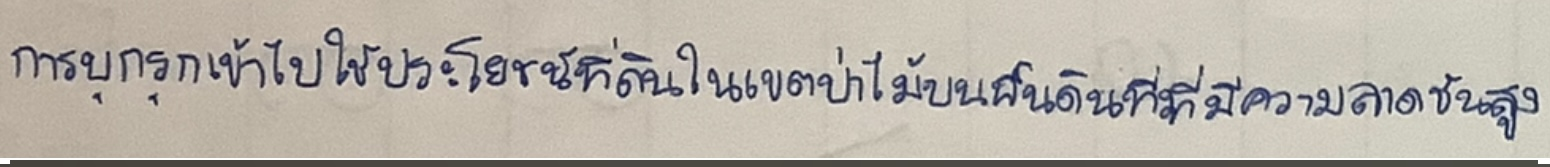
การบุกรุกเข้าไปใช้ประโยชน์ที่ดินในเขตป่าไม้บนพื้นที่ที่มีความลาดชันสูง